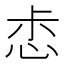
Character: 𢙤